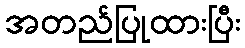
အတည်ပြုထားပြီး